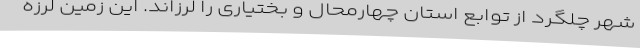
شهر چلگرد از توابع استان چهارمحال و بختیاری را لرزاند. این زمین لرزه